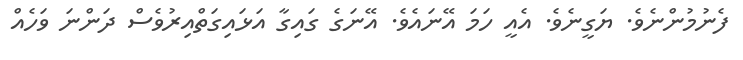
ފެނުމުންނެވެ. ޔަގީނެވެ. އެއީ ހަމަ އޭނައެވެ. އޭނަގެ ގައިގާ އަޅައިގަތްއިރުވެސް ދަންނަ ވަހެއް